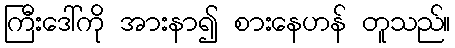
ကြီးဒေါ်ကို အားနာ၍ စားနေဟန် တူသည်။